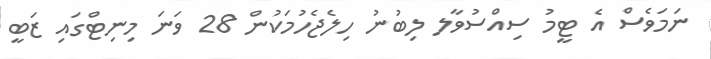
ނަމަވެސް އެ ޓީމު ސިއްސުވާލ ލިބުނު ހިލެޖެހުމަކުން 28 ވަނަ މިނިޓްގައި ޒަބީ